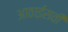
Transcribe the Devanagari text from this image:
आठाईसवीं